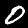
Digit: 0